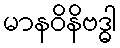
မာနဝိနိဗဒ္ဓါ